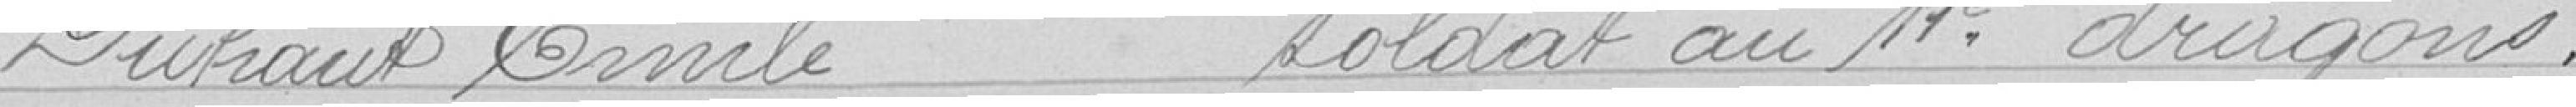
Duhaut Emile, soldat au 11e dragons,